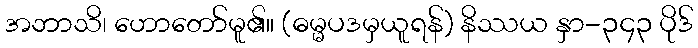
အဘာသိ၊ ဟောတော်မူ၏။ (ဓမ္မပဒမှယူရန်) နိဿယ နှာ-၃၄၃ ပိုဒ်